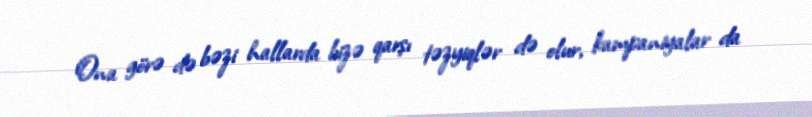
Ona görə də bəzi hallarda bizə qarşı təzyiqlər də olur, kampaniyalar da